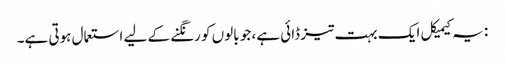
: یہ کیمیکل ایک بہت تیز ڈائی ہے، جو بالوں کو رنگنے کے لیے استعمال ہوتی ہے۔